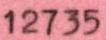
12735